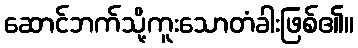
ဆောင်ဘက်သို့ကူးသောတံခါးဖြစ်၏။